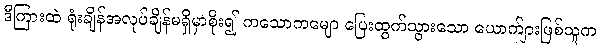
ဒီကြားထဲ ရုံးချိန်အလုပ်ချိန်မရှိမှာစိုး၍ ကသောကမျော ပြေးထွက်သွားသော ယောက်ျားဖြစ်သူက